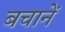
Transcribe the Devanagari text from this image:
बचानें